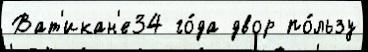
Ват'икан'е34 го́да двор по́льзу